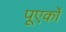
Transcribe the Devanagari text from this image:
पूएर्को